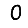
Digit: 0